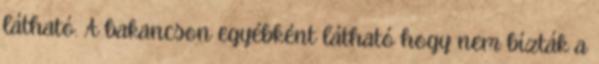
látható. A bakancson egyébként látható hogy nem bízták a